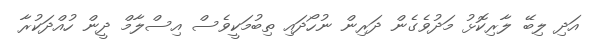
އަދި ލިބޭ ލާރިކޮޅު މަދުވެގެން ދަރިން ނުހޯދައި ތިބުމަކީވެސް އިސްލާމް ދީން ހުއްދަކުރާ